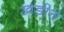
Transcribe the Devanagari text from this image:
खडीचे